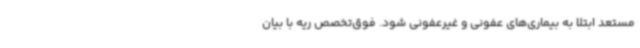
مستعد ابتلا به بیماری‌های عفونی و غیرعفونی شود. فوق‌تخصص ریه با بیان